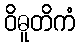
ဝိဓူတိကံ